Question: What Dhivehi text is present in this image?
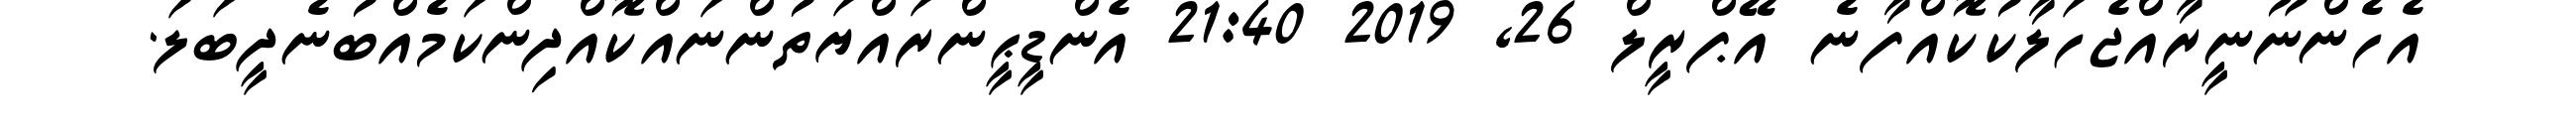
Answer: އެހެންނޫނީރާއްޖެހަލާކުކޮއްފާނެ އޭޕްރީލް 26, 2019 21:40 އެންޑީޙީންރައްޔަތުންނައްކޮއްދިންކަމެއްބުނެދީބަލަ.